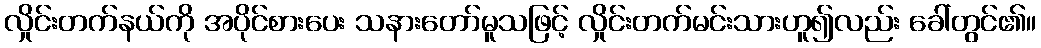
လှိုင်းတက်နယ်ကို အပိုင်စားပေး သနားတော်မူသဖြင့် လှိုင်းတက်မင်းသားဟူ၍လည်း ခေါ်တွင်၏။